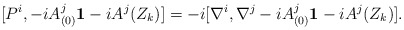
\begin{align*}[P^i, -i A^{j}_{(0)}{\bf 1}-i A^{j}(Z_k)]=-i [\nabla^i,\nabla^j-i A^{j}_{(0)}{\bf 1}-iA^{j}(Z_k)].\end{align*}